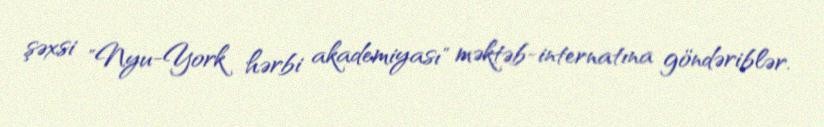
şəxsi "Nyu-York hərbi akademiyası" məktəb-internatına göndəriblər.